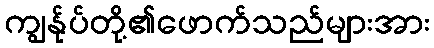
ကျွန်ုပ်တို့၏ဖောက်သည်များအား